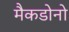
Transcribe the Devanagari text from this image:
मैकडोनो